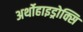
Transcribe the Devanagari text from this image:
अर्थोहाइड्रोक्सि